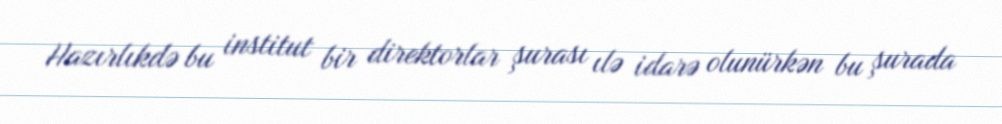
Hazırlıkdə bu institut bir direktorlar şurası ılə idarə olunürkən bu şurada